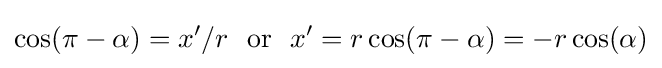
\cos(\pi -\alpha )=x'/r\ \ {\text{or}}\ \ x'=r\cos(\pi -\alpha )=-r\cos(\alpha )